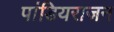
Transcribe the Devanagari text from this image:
पांडियराजन